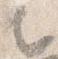
之